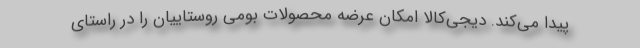
پیدا می‌کند. دیجی‌کالا امکان عرضه محصولات بومی روستاییان را در راستای